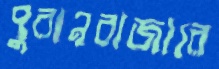
পুরানবাজারে